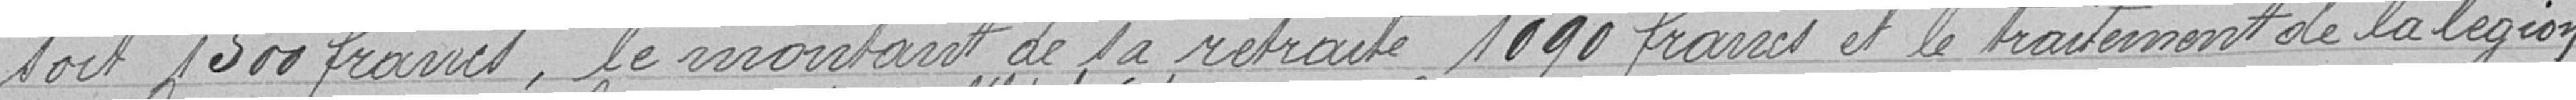
soit 1500 francs, le montant de la retraite 1090 francs et le traitement de la légion